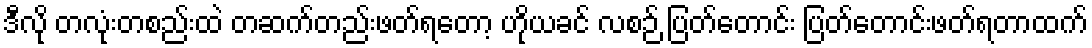
ဒီလို တလုံးတစည်းထဲ တဆက်တည်းဖတ်ရတော့ ဟိုယခင် လစဉ် ပြတ်တောင်း ပြတ်တောင်းဖတ်ရတာထက်